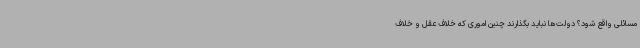
مسائلی واقع شود؟ دولت‌ها نباید بگذارند چنین اموری که خلاف عقل و خلاف